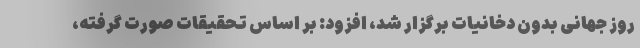
روز جهانی بدون دخانیات برگزار شد، افزود: بر اساس تحقیقات صورت گرفته،